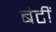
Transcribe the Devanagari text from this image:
बंटीं